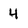
Character: 4